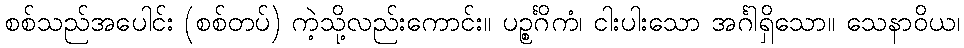
စစ်သည်အပေါင်း (စစ်တပ်) ကဲ့သို့လည်းကောင်း။ ပဉ္စင်္ဂိကံ၊ ငါးပါးသော အင်္ဂါရှိသော။ သေနာဝိယ၊